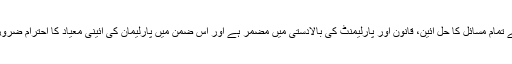
ملک کے تمام مسائل کا حل آئین، قانون اور پارلیمنٹ کی بالادستی میں مضمر ہے اور اس ضمن میں پارلیمان کی آئینی معیاد کا احترام ضروری ہے۔